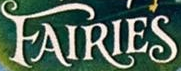
FAIRIES